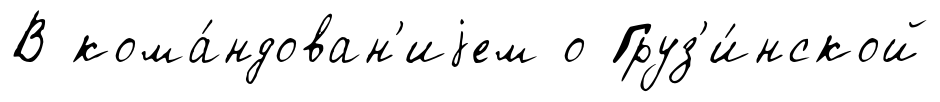
В кома́ндован'иjем о Груз'и́нской